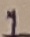
Text: 1